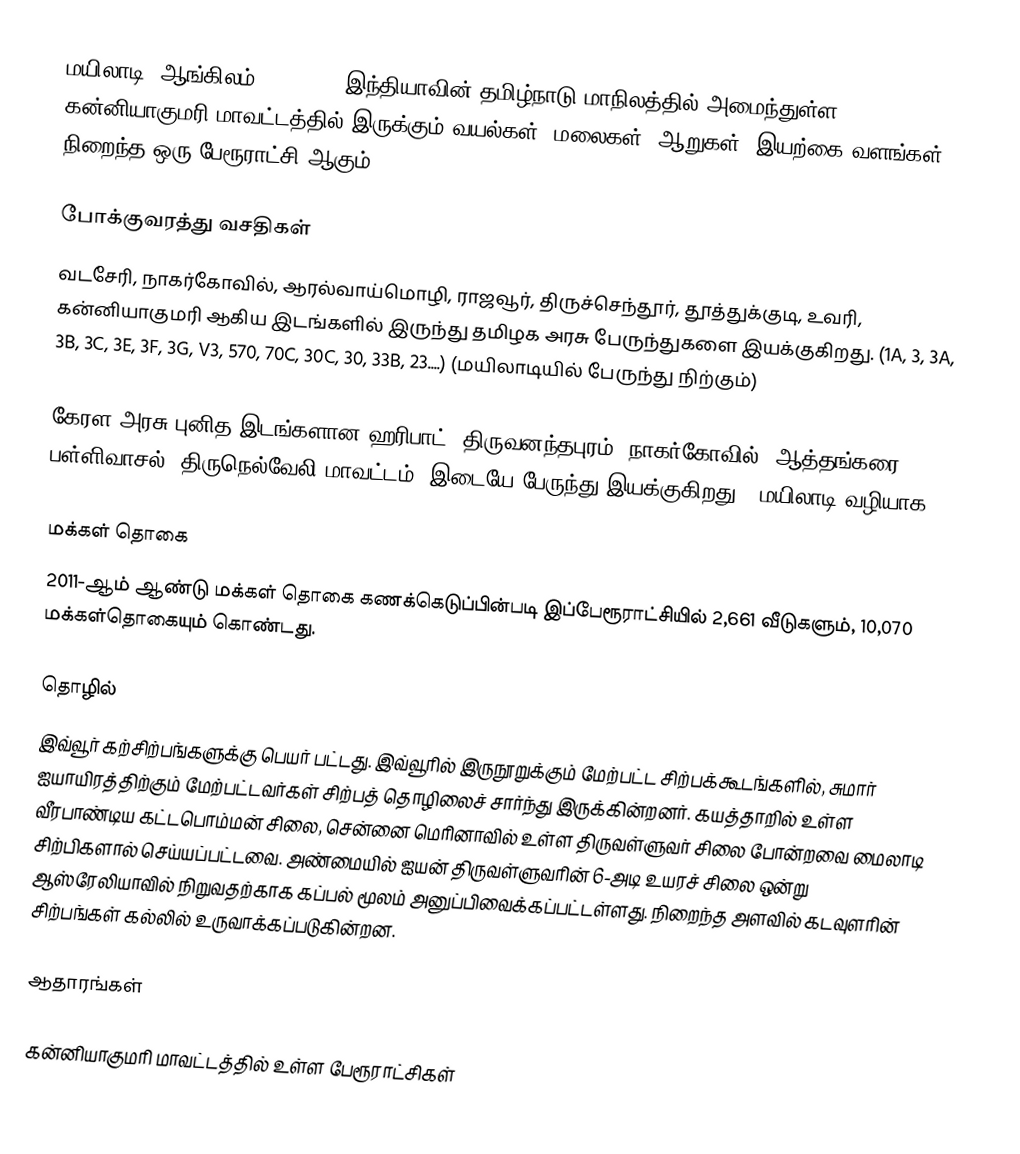
மயிலாடி (ஆங்கிலம்:Mylaudy), இந்தியாவின் தமிழ்நாடு மாநிலத்தில் அமைந்துள்ள கன்னியாகுமரி மாவட்டத்தில்  இருக்கும் வயல்கள், மலைகள், ஆறுகள், இயற்கை வளங்கள் நிறைந்த ஒரு பேரூராட்சி ஆகும்.

போக்குவரத்து வசதிகள்
வடசேரி, நாகர்கோவில், ஆரல்வாய்மொழி, ராஜவூர், திருச்செந்தூர், தூத்துக்குடி, உவரி, கன்னியாகுமரி ஆகிய இடங்களில் இருந்து தமிழக அரசு பேருந்துகளை இயக்குகிறது. (1A, 3, 3A, 3B, 3C, 3E, 3F, 3G, V3, 570, 70C, 30C, 30, 33B, 23....) (மயிலாடியில் பேருந்து நிற்கும்)

கேரள அரசு புனித இடங்களான ஹரிபாட், திருவனந்தபுரம், நாகர்கோவில், ஆத்தங்கரை பள்ளிவாசல் (திருநெல்வேலி மாவட்டம்) இடையே பேருந்து இயக்குகிறது. (மயிலாடி வழியாக)

மக்கள் தொகை
2011-ஆம் ஆண்டு மக்கள் தொகை கணக்கெடுப்பின்படி  இப்பேரூராட்சியில் 2,661 வீடுகளும், 10,070 மக்கள்தொகையும் கொண்டது.

தொழில்
இவ்வூர் கற்சிற்பங்களுக்கு பெயர் பட்டது. இவ்வூரில் இருநூறுக்கும் மேற்பட்ட சிற்பக்கூடங்களில், சுமார் ஐயாயிரத்திற்கும் மேற்பட்டவர்கள் சிற்பத் தொழிலைச் சார்ந்து இருக்கின்றனர். கயத்தாறில் உள்ள வீரபாண்டிய கட்டபொம்மன் சிலை, சென்னை மெரினாவில் உள்ள திருவள்ளுவர் சிலை போன்றவை மைலாடி சிற்பிகளால் செய்யப்பட்டவை. அண்மையில் ஐயன் திருவள்ளுவரின் 6-அடி உயரச் சிலை ஒன்று ஆஸ்ரேலியாவில் நிறுவதற்காக கப்பல் மூலம் அனுப்பிவைக்கப்பட்டள்ளது. நிறைந்த அளவில் கடவுளரின் சிற்பங்கள் கல்லில் உருவாக்கப்படுகின்றன.

ஆதாரங்கள்

கன்னியாகுமரி மாவட்டத்தில் உள்ள பேரூராட்சிகள்